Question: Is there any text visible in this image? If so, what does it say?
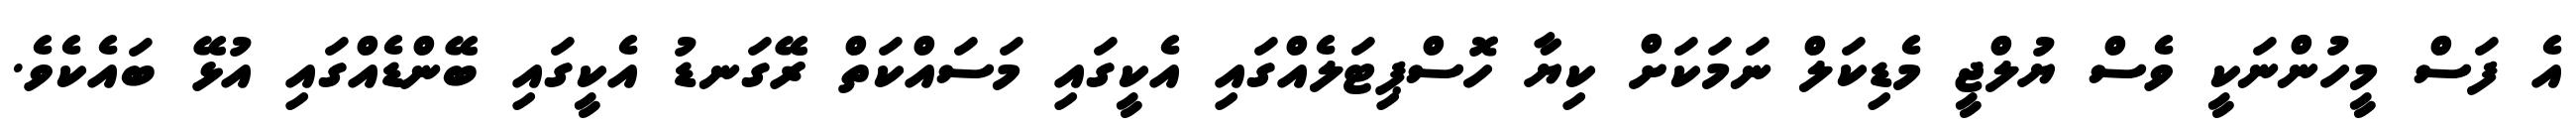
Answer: އެ ފަސް މީހުންނަކީ ވެސް ޔުލްޖީ މެޑިކަލް ނަމަކަށް ކިޔާ ހޮސްޕިޓަލެއްގައި އެކީގައި މަސައްކަތް ރޭގަނޑު އެކީގައި ބޭންޑެއްގައި އުޅޭ ބައެކެވެ.